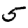
Digit: 5